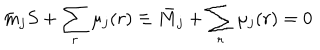
\bar { m } _ { j } S + \sum _ { r } \mu _ { j } ( r ) \equiv \bar { M } _ { j } + \sum _ { r } \mu _ { j } ( r ) = 0